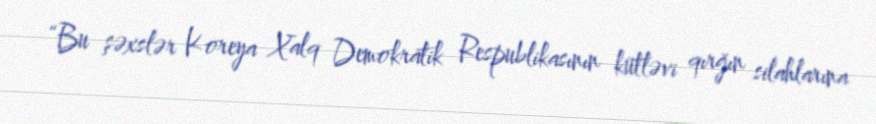
“Bu şəxslər Koreya Xalq Demokratik Respublikasının kütləvi qırğın silahlarına